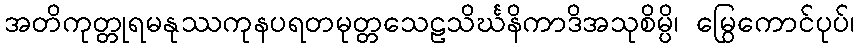
အတိကုတ္တုရမနုဿကုနပရတမုတ္တသေဠသိင်္ဃနိကာဒိအသုစိမ္ပိ၊ မြွေကောင်ပုပ်၊